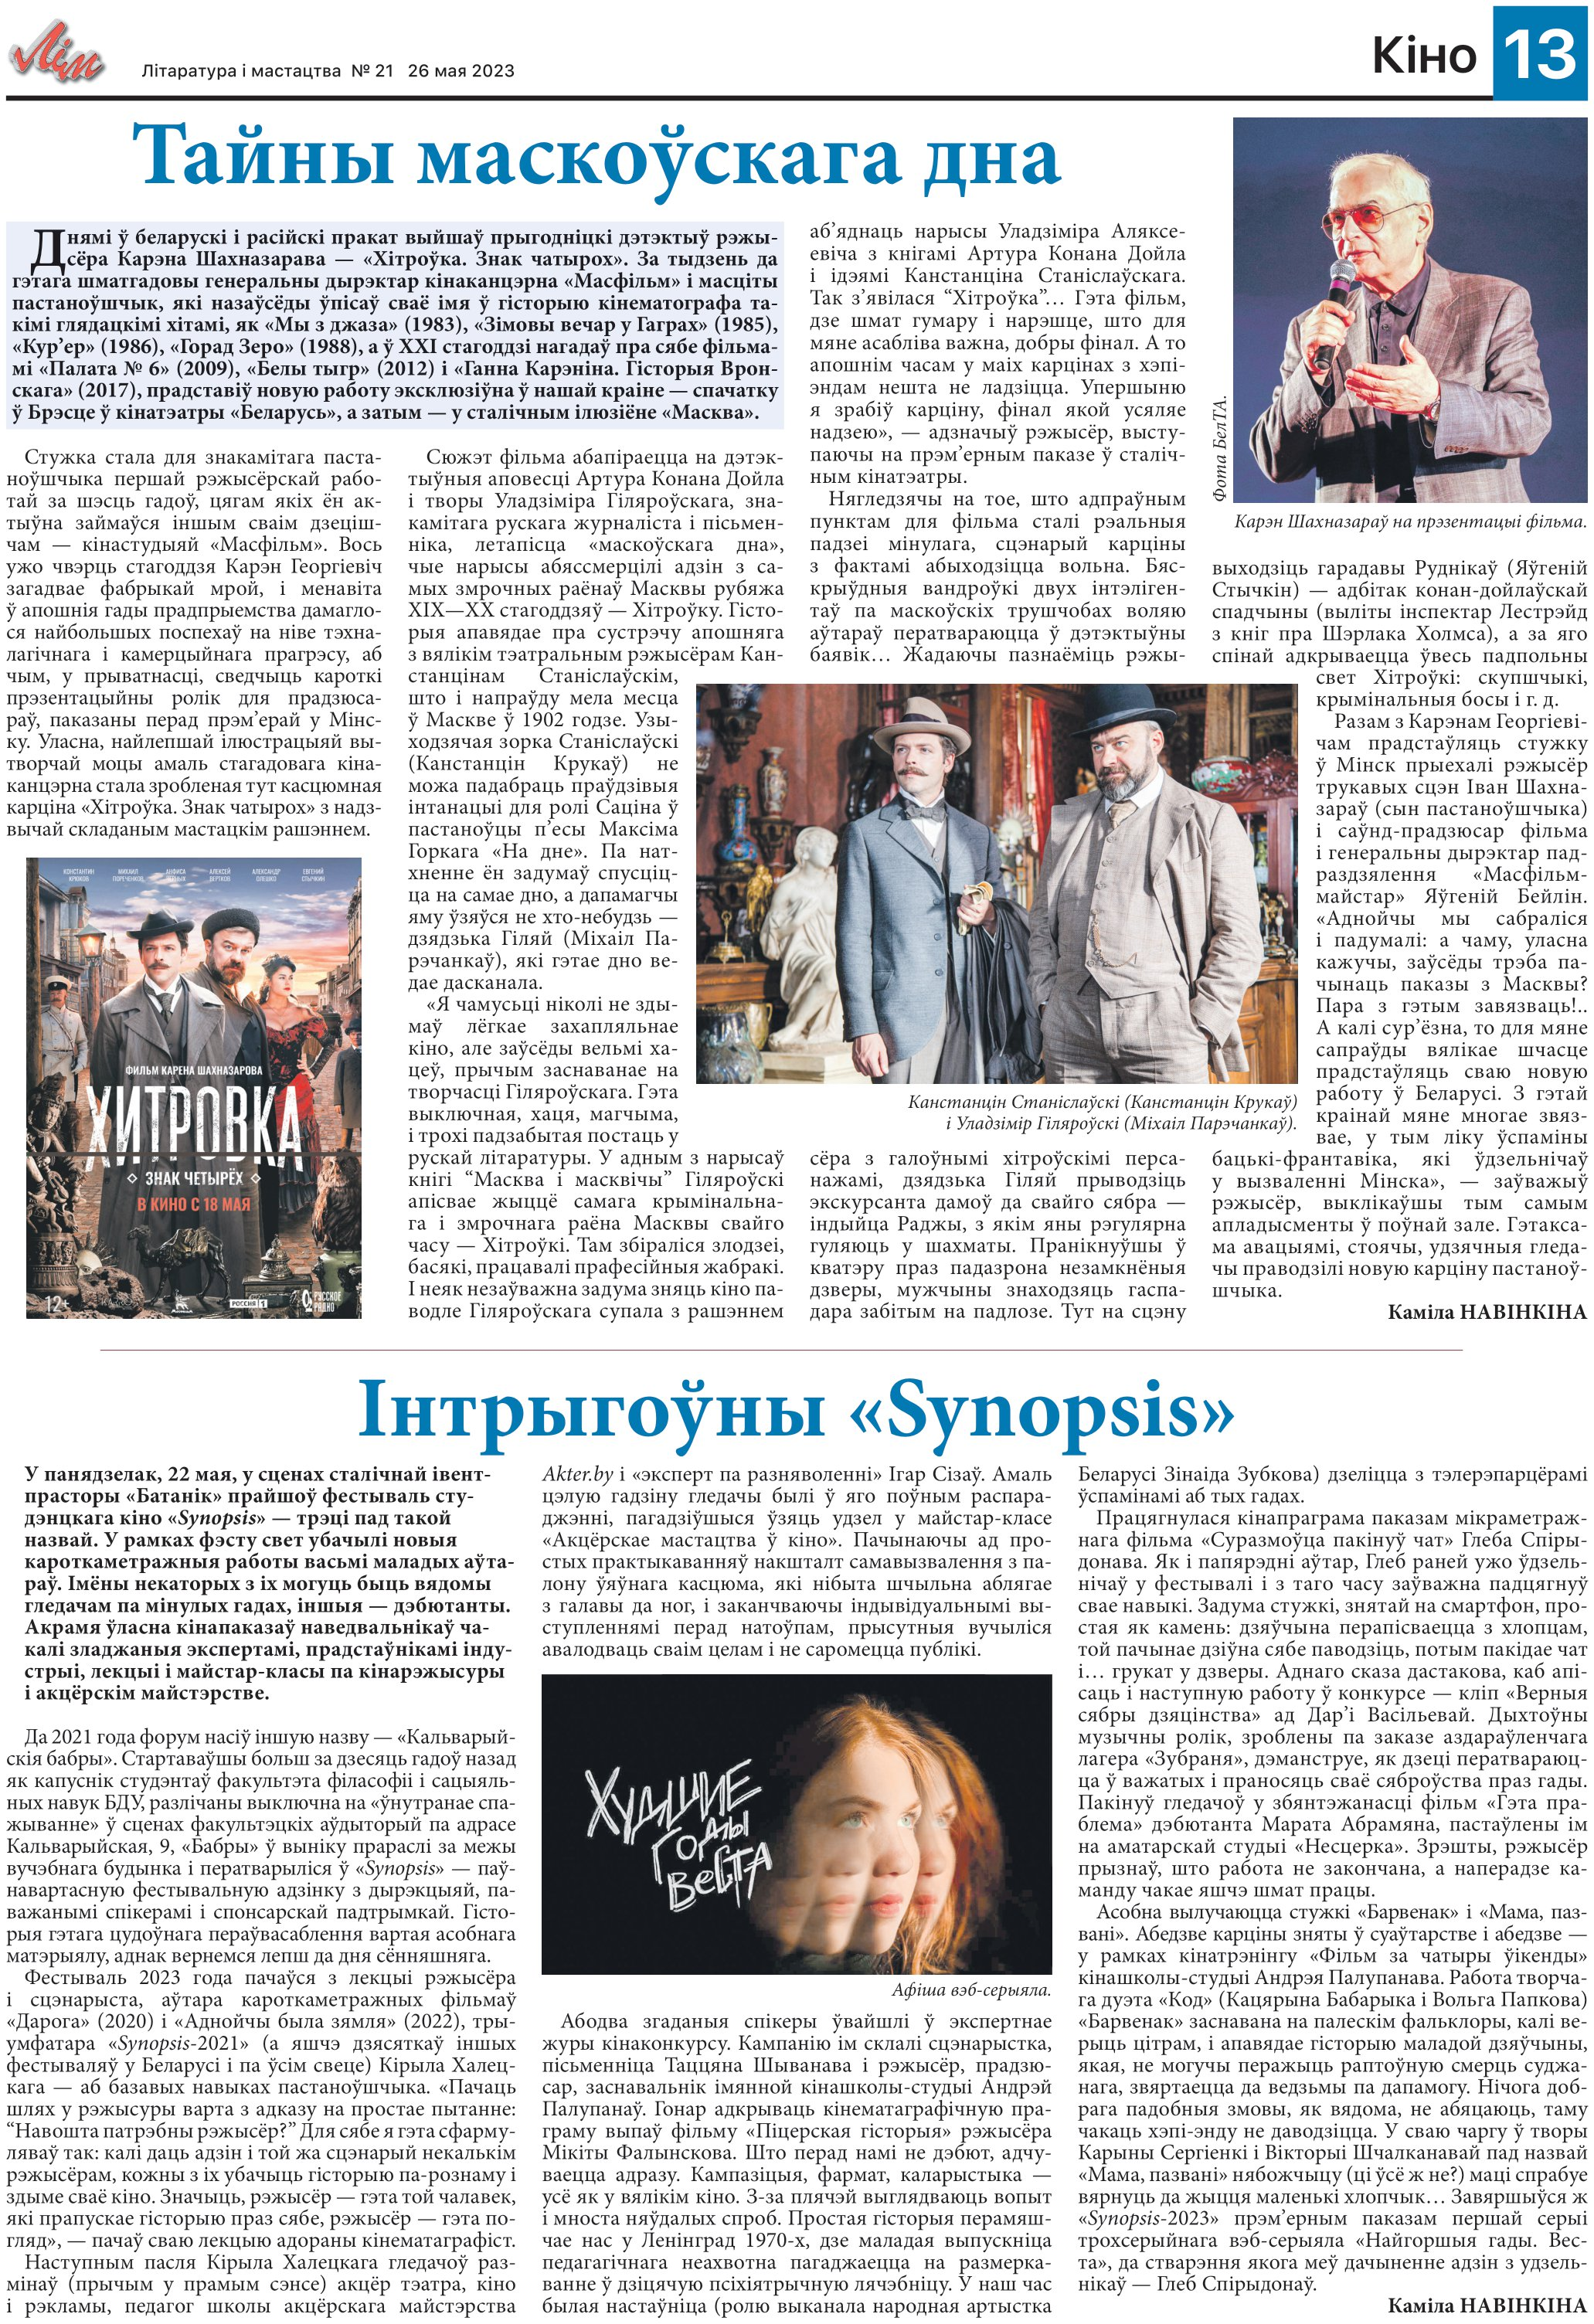
Language: be